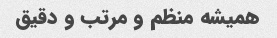
همیشه منظم و مرتب و دقیق